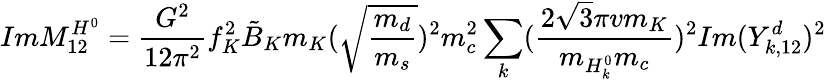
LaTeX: ImM_{12}^{H^{0}}=\frac{G^{2}}{12\pi^{2}}f_{K}^{2}\tilde{B}_{K}m_{K}(\sqrt{\frac{m_{d}}{m_{s}}})^{2}m_{c}^{2}\sum_{k}(\frac{2\sqrt{3}\pi vm_{K}}{m_{H_{k}^{0}}m_{c}})^{2}Im(Y_{k,12}^{d})^{2}